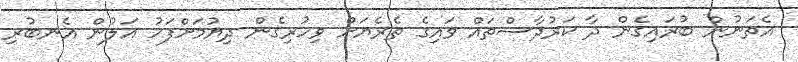
އެތަނުން ބުރައިގެން ދާ ކަރުދާސްތައް ވައިގެ ތެރެޔަށް ވިހުރިގެން ދިޔުމަށްފަހު އަލުން އެނބުރި